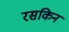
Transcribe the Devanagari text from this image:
रसकिन